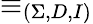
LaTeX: \equiv_{(\Sigma,D,I)}